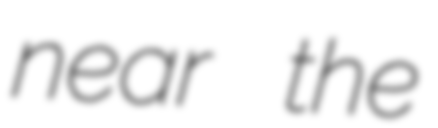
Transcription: near the